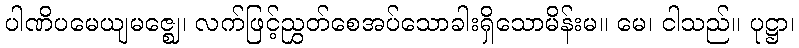
ပါဏိပမေယျမဇ္ဈေ၊ လက်ဖြင့်ညွှတ်စေအပ်သောခါးရှိသောမိန်းမ။ မေ၊ ငါသည်။ ပုဋ္ဌာ၊